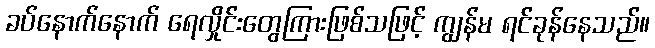
ခပ်နောက်နောက် ရေလှိုင်းတွေကြားဖြစ်သဖြင့် ကျွန်မ ရင်ခုန်နေသည်။